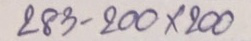
283 - 200 x 200